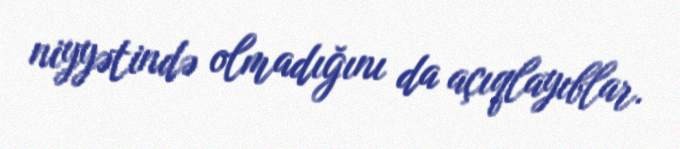
niyyətində olmadığını da açıqlayıblar.